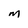
Character: M